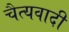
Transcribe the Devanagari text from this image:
चैत्यवादी